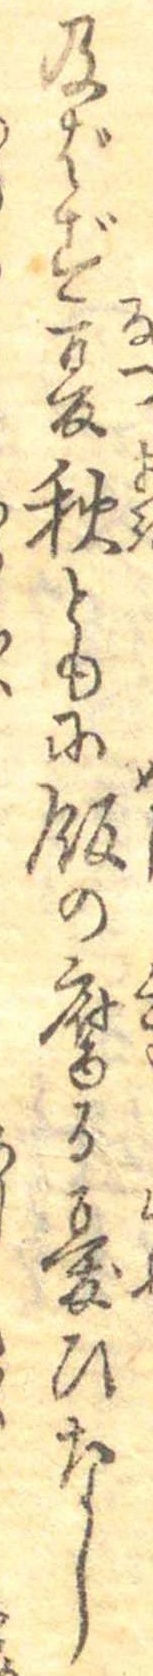
及ばず夏秋ともに飯の腐る憂ひなし